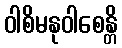
ဝါစိမနုဝါစေန္တိ